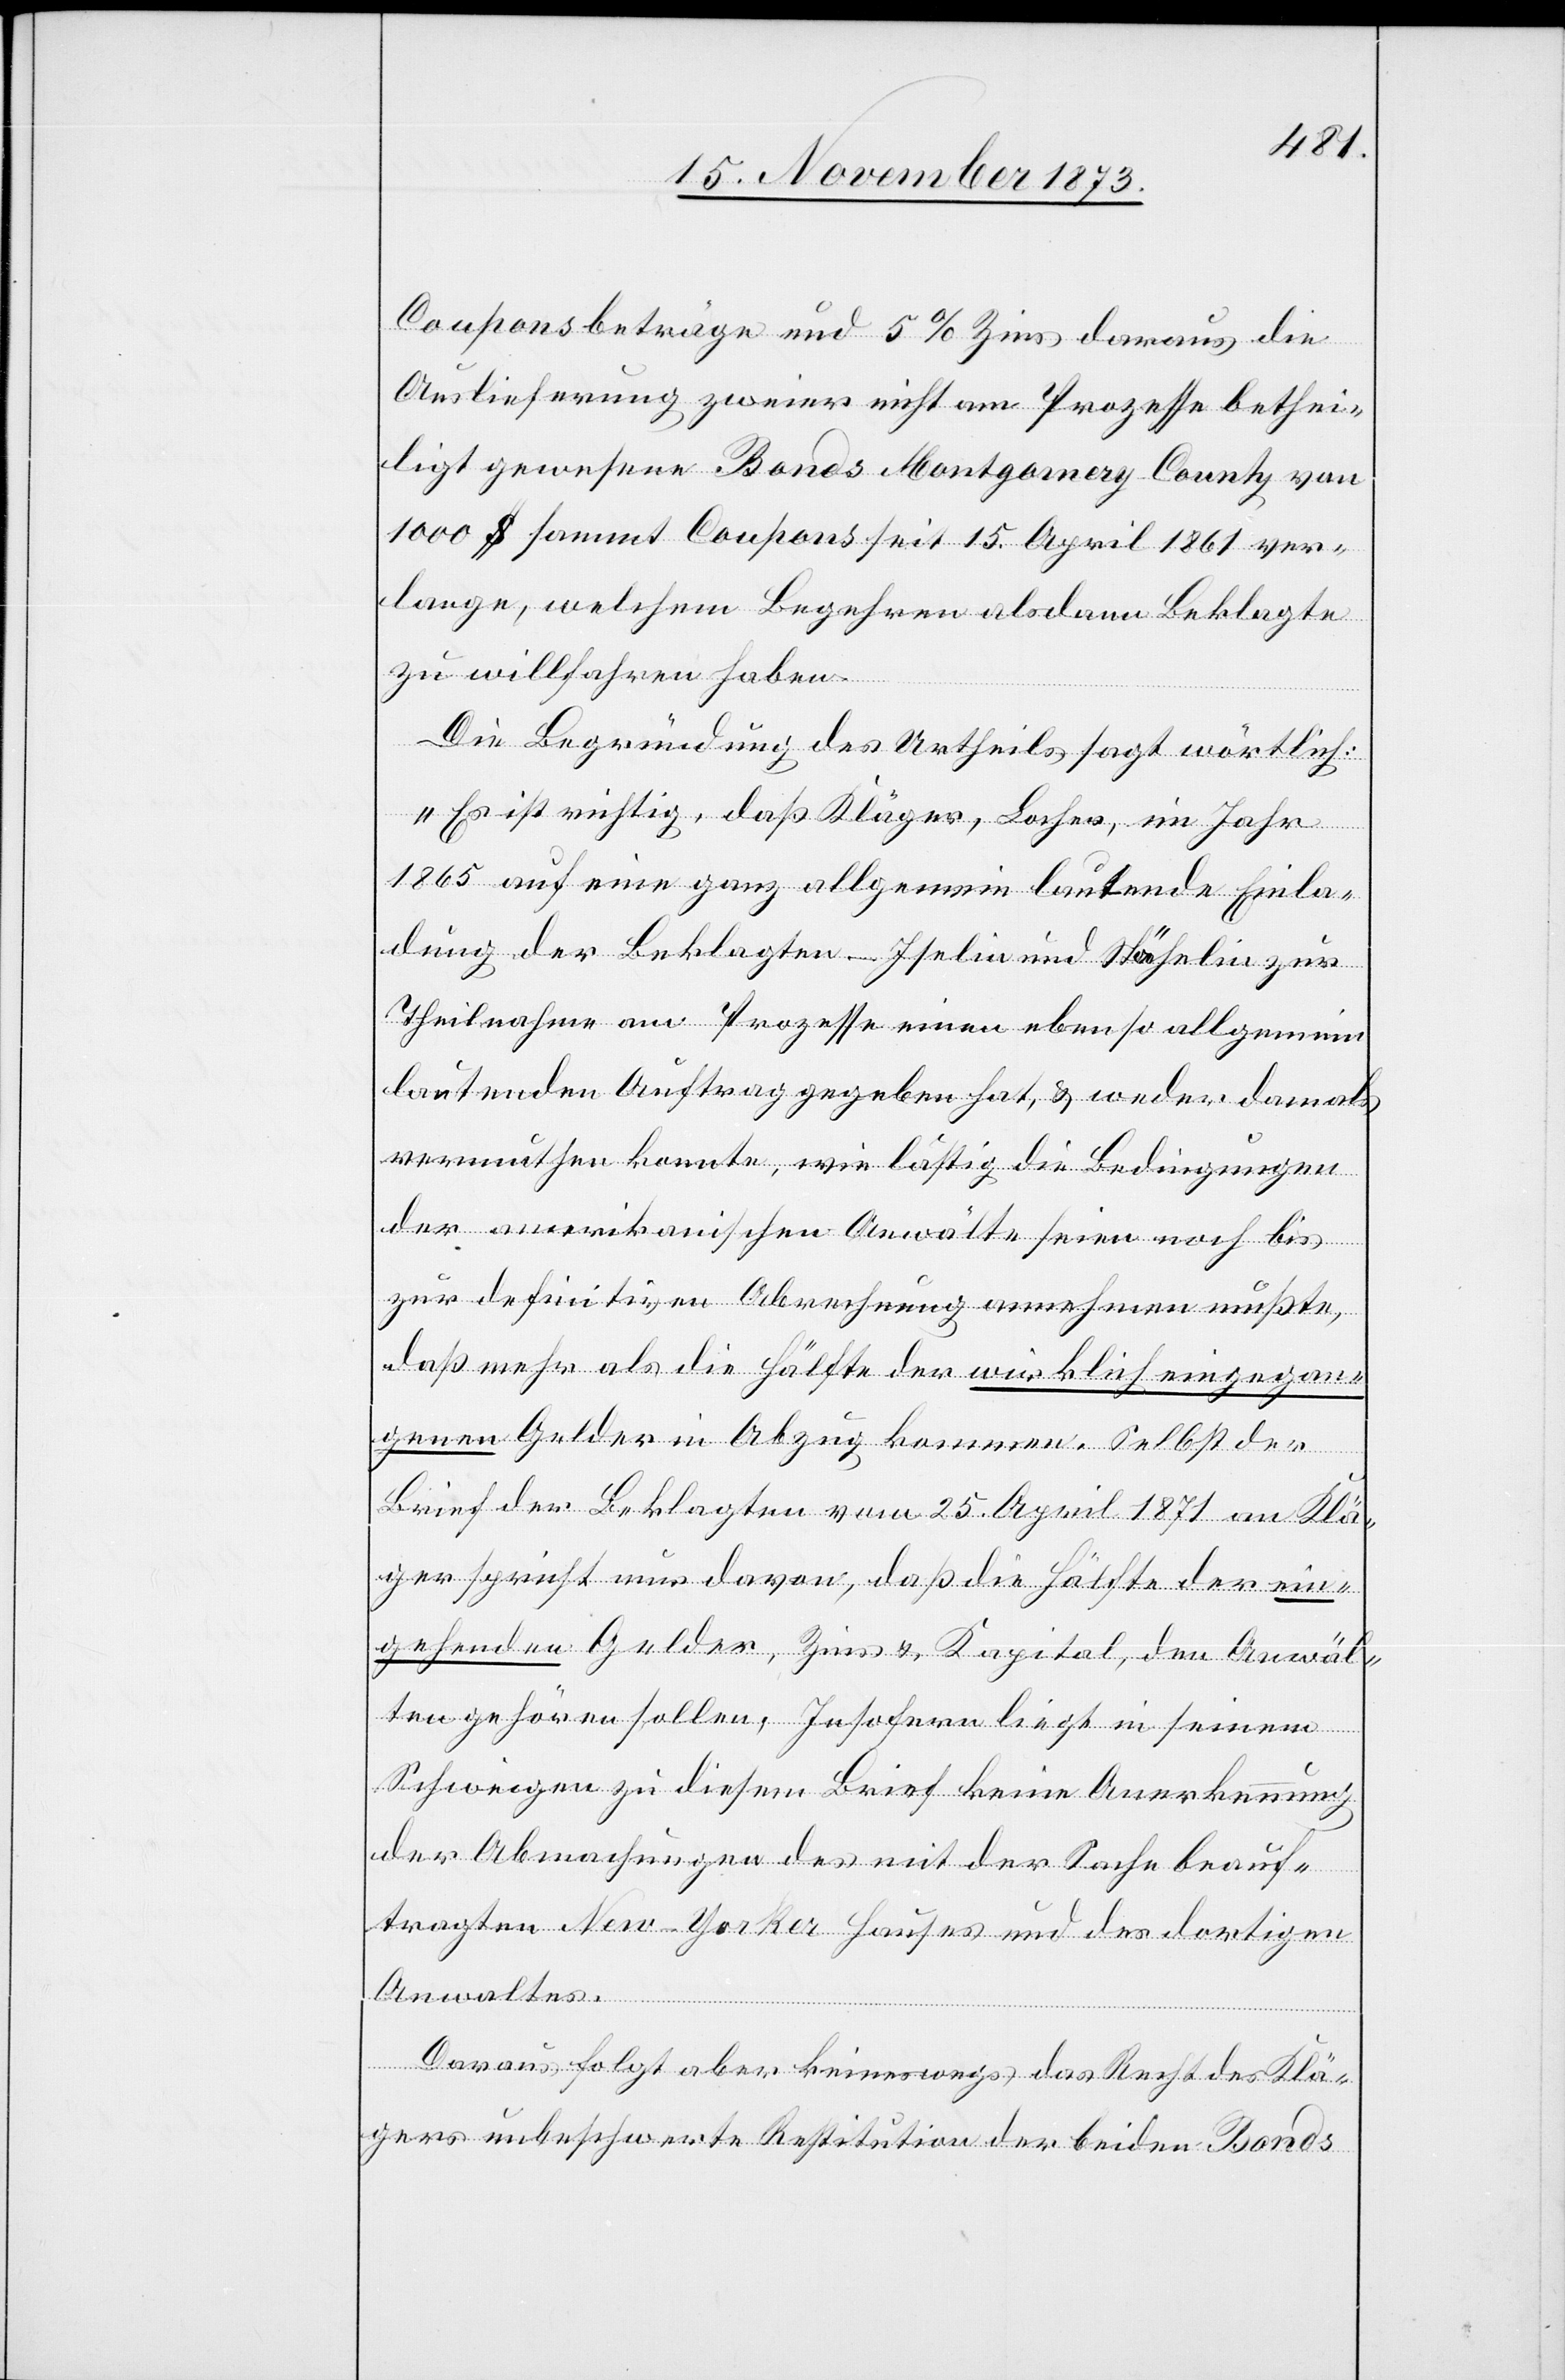
Couponsbeträge und 5% Zins daraus die
Auslieferung zweier nicht am Prozesse bethei¬
ligt gewesene Bonds Montgomery County von
1 000 $ sammt Coupons seit 15. April 1861 ver¬
lange, welchem Begehren alsdann Beklagte
zu willfahren haben.
Die Begründung des Urtheils sagt wörtlich:
„Es ist richtig, daß Kläger, Locher, im Jahr
1865 auf eine ganz allgemein lautende Einla¬
dung der Beklagten – Iselin und Stähelin zur
Theilnahme am Prozesse einen ebenso allgemein
lautenden Auftrag gegeben hat, & weder damals
vermuthen konnte, wie lästig die Bedingungen
der amerikanischen Anwälte seien noch bis
zur definitiven Abrechnung annehmen mußte,
daß mehr als die Hälfte der wirklich eingegan¬
genen Gelder in Abzug kommen. Selbst der
Brief der Beklagten vom 25. April 1871 an Klä¬
ger spricht nur davon, daß die Hälfte der ein¬
gehenden Gelder, Zins & Kapital, den Anwäl¬
ten gehören sollen. Insofern liegt in seinem
Schweigen zu diesem Brief keine Anerkennung
der Abmachungen des mit der Sache beauf¬
tragten New-Yorker Hauses und des dortigen
Anwaltes.
Daraus folgt aber keineswegs das Recht des Klä¬
gers unbeschwerte Restitution der beiden Bonds